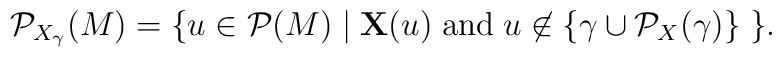
{\cal P}_{X_\gamma}(M)=\{u\in {\cal P}(M)\mid {\bf X}(u)\; \mbox{and}\;u\not\in \{\gamma\cup{\cal P}_X(\gamma)\}\; \}.